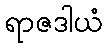
ရာဇဒါယံ